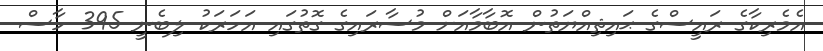
އެމެރިކާގެ ރައީސްގެ ޙައިޘިއްޔަތުން އޮބާމާއަށް މުސާރައިގެ ގޮތުގައި އަހަރަކު ލިބެނީ 395 ހާސް